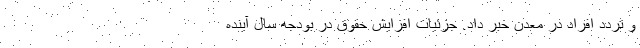
و تردد افراد در معدن خبر داد. جزئیات افزایش حقوق در بودجه سال آینده